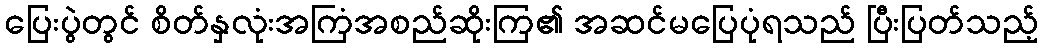
ပြေးပွဲတွင် စိတ်နှလုံးအကြံအစည်ဆိုးကြ၏ အဆင်မပြေပုံရသည် ပြီးပြတ်သည့်